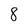
Character: 8